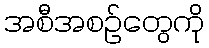
အစီအစဉ်တွေကို